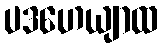
ပဒဟေယျာထ